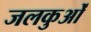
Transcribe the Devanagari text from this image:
जलकुओं